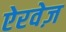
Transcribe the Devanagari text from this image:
ऐरवेज़